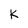
Character: k